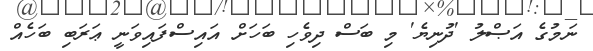
ނަމުގެ އަޞްލު 'ދުނިޔެ' މި ބަސް ދިވެހި ބަހަށް އައިސްފައިވަނީ ޢަރަބި ބަހެއް